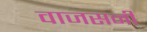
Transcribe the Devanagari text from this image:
वाजसनी